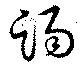
踢